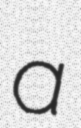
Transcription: a